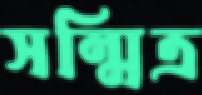
সন্মিত্র